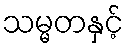
သမ္မတနှင့်